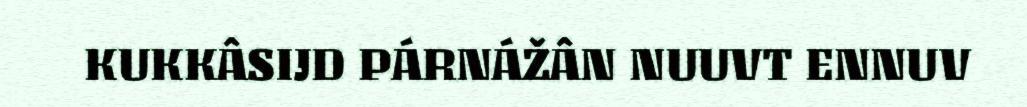
KUKKÂSIJD PÁRNÁŽÂN NUUVT ENNUV